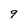
Character: 9